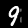
Digit: 9